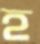
হ